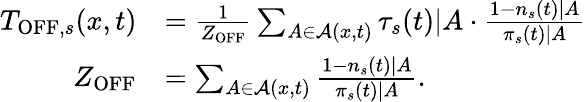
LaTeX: \begin{array}{rl}{T_{\mathrm{OFF},s}(x,t)}&{=\frac{1}{Z_{\mathrm{OFF}}}\sum_{A\in\mathcal{A}(x,t)}\tau_{s}(t)|A\cdot\frac{1-n_{s}(t)|A}{\pi_{s}(t)|A}}\\ {Z_{\mathrm{OFF}}}&{=\sum_{A\in\mathcal{A}(x,t)}\frac{1-n_{s}(t)|A}{\pi_{s}(t)|A}.}\end{array}